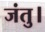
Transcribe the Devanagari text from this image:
जंतु।